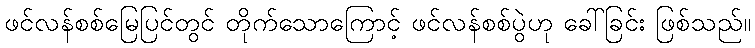
ဖင်လန်စစ်မြေပြင်တွင် တိုက်သောကြောင့် ဖင်လန်စစ်ပွဲဟု ခေါ်ခြင်း ဖြစ်သည်။